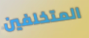
المتخلفين